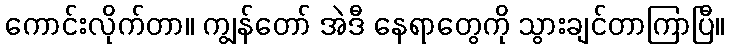
ကောင်းလိုက်တာ။ ကျွန်တော် အဲဒီ နေရာတွေကို သွားချင်တာကြာပြီ။